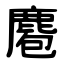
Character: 麅